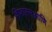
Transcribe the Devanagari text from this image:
शिफारसआणि